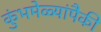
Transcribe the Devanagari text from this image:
कुंभमेळ्यांपैकी